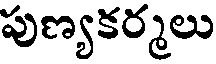
పుణ్యకర్మలు